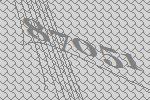
87051